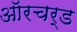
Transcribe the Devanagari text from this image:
ऑरचर्ड